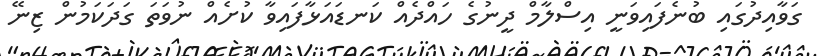
ގަވާއިދުގައި ބުނެފައިވަނީ އިސްލާމް ދީނުގެ ހައްދެއް ކަނޑައަޅާފައިވާ ކުށެއް ނުވަތަ ގަދަކަމުން ޒިނޭ